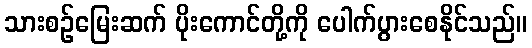
သားစဉ်မြေးဆက် ပိုးကောင်တို့ကို ပေါက်ပွားစေနိုင်သည်။